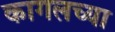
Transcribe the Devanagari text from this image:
कागलच्या